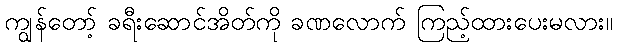
ကျွန်တော့် ခရီးဆောင်အိတ်ကို ခဏလောက် ကြည့်ထားပေးမလား။